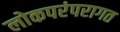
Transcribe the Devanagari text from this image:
लोकपरंपरागत